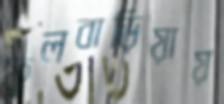
ফুলবাড়িয়ায়